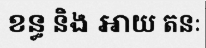
ខន្ធ និង អាយ តនៈ